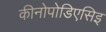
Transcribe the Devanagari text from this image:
कीनोपोडिएसिइ